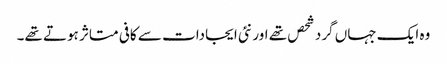
وہ ایک جہاں گرد شحص تھے اور نئی ایجادات سے کافی متاثر ہوتے تھے۔